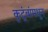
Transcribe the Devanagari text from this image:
कुटूंबांमधून